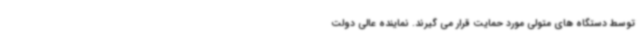
توسط دستگاه های متولی مورد حمایت قرار می گیرند. نماینده عالی دولت